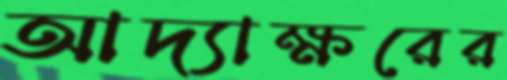
আদ্যাক্ষরের